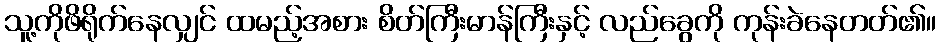
သူ့ကိုဖိရိုက်နေလျှင် ထမည့်အစား စိတ်ကြီးမာန်ကြီးနှင့် လည်ခွေကို ကုန်းခဲနေတတ်၏။